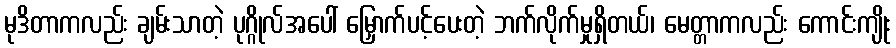
မုဒိတာကလည်း ချမ်းသာတဲ့ ပုဂ္ဂိုလ်အပေါ် မြှောက်ပင့်ပေးတဲ့ ဘက်လိုက်မှုရှိတယ်၊ မေတ္တာကလည်း ကောင်းကျိုး